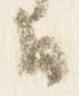
日